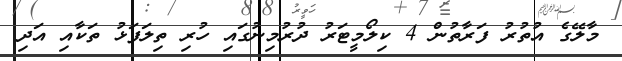
މާލޭގެ އުތުރު ފަރާތުން 4 ކިލޯމީޓަރު ދުރުމިނުގައި ހުރި ތިލަފަޅު ތަކާއި އަދި